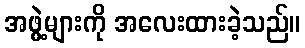
အဖွဲ့များကို အလေးထားခဲ့သည်။